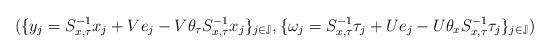
LaTeX: \begin{align*}(\{y_j=S_{x,\tau}^{-1}x_j+Ve_j-V\theta_\tau S_{x,\tau}^{-1}x_j\}_{j\in \mathbb{J}},\{\omega_j=S_{x,\tau}^{-1}\tau_j+Ue_j-U\theta_xS_{x,\tau}^{-1}\tau_j\}_{j\in \mathbb{J}})\end{align*}